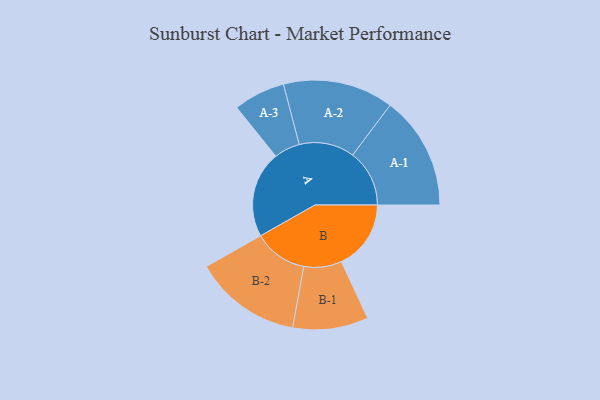
{"axis": {"x": "Segment", "y": "Value"}, "legend": ["", "A", "B"], "data": [{"x": "A", "y": 391, "type": ""}, {"x": "B", "y": 315, "type": ""}, {"x": "A-1", "y": 257, "type": "A"}, {"x": "A-2", "y": 250, "type": "A"}, {"x": "A-3", "y": 117, "type": "A"}, {"x": "B-1", "y": 171, "type": "B"}, {"x": "B-2", "y": 243, "type": "B"}]}